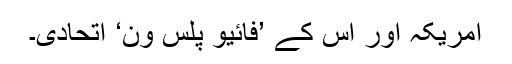
امریکہ اور اُس کے ’فائیو پلس ون‘ اتحادی۔